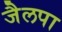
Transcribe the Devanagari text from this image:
जैलपा